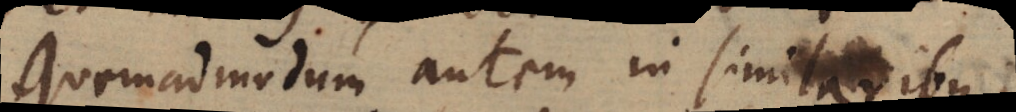
Quemadmodum autem in similaribus,